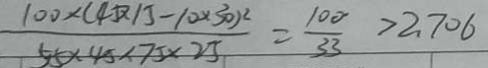
\frac { 1 0 0 \times ( 4 5 \times 1 5 - 1 0 \times 3 0 ) ^ { 2 } } { 5 5 \times 4 5 \times 7 5 \times 2 5 } = \frac { 1 0 0 } { 3 3 } > 2 . 7 0 6